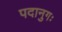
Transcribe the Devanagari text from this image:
पदानुगः